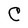
Character: C